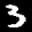
Label: 3